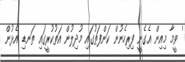
' ވީމާ މިއިން އެގެނީ ފިރިހެނުން ކަންފަތުގައި މުދިލުން އަތުކުރީގައި ތަނޑި އެޅުން